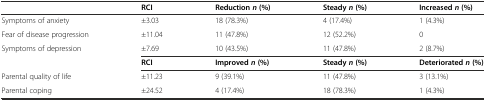
<table><thead><tr><td></td><td><b>RCI</b></td><td><b>Reduction<i>n</i>(%)</b></td><td><b>Steady<i>n</i>(%)</b></td><td><b>Increased<i>n</i>(%)</b></td></tr></thead><tbody><tr><td>Symptoms of anxiety</td><td>±3.03</td><td>18 (78.3%)</td><td>4 (17.4%)</td><td>1 (4.3%)</td></tr><tr><td>Fear of disease progression</td><td>±11.04</td><td>11 (47.8%)</td><td>12 (52.2%)</td><td>0</td></tr><tr><td>Symptoms of depression</td><td>±7.69</td><td>10 (43.5%)</td><td>11 (47.8%)</td><td>2 (8.7%)</td></tr><tr><td></td><td><b>RCI</b></td><td><b>Improved</b><b><i>n</i></b><b>(%)</b></td><td><b>Steady</b><b><i>n</i></b><b>(%)</b></td><td><b>Deteriorated</b><b><i>n</i></b><b>(%)</b></td></tr><tr><td>Parental quality of life</td><td>±11.23</td><td>9 (39.1%)</td><td>11 (47.8%)</td><td>3 (13.1%)</td></tr><tr><td>Parental coping</td><td>±24.52</td><td>4 (17.4%)</td><td>18 (78.3%)</td><td>1 (4.3%)</td></tr></tbody></table>